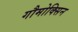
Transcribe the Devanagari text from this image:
गौमोक्सिन